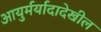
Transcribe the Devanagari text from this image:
आयुर्मर्यादादेखील